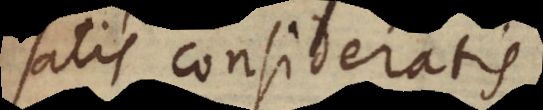
satis consideratis